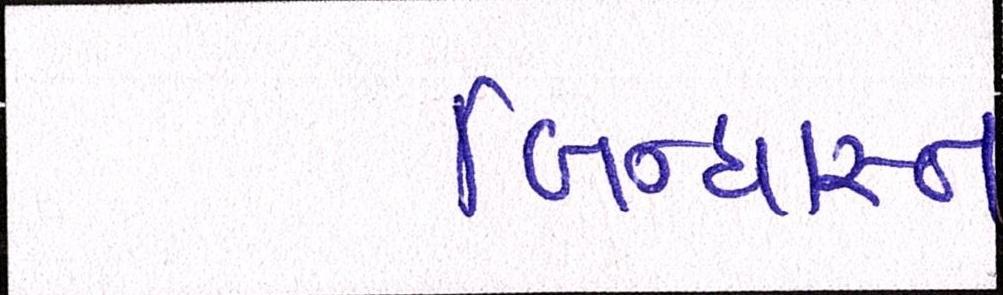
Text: બિન્ધાસ્ત